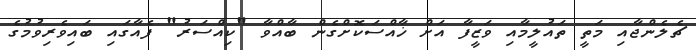
ޗެލެންޖާއި މަތީ ތައުލީމާއި ވަޒީފާ އަށް ޚާއްސަކޮށްގެން ބާއްވާ "ކިއްސަރު" ފެއާގައި ބައިވެރިވުމުގެ